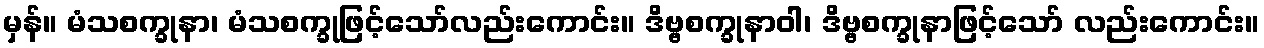
မှန်။ မံသစက္ခုနာ၊ မံသစက္ခုဖြင့်သော်လည်းကောင်း။ ဒိဗ္ဗစက္ခုနာဝါ၊ ဒိဗ္ဗစက္ခုနာဖြင့်သော် လည်းကောင်း။